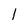
Character: l